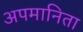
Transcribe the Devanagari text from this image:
अपमानिता